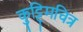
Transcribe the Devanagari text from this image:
कुट्टिमचित्र